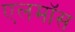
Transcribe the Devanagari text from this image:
एलमॉस